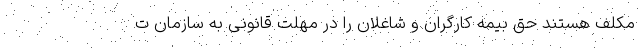
مکلف هستند حق بیمه کارگران و شاغلان را در مهلت قانونی به سازمان ت